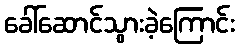
ခေါ်ဆောင်သွားခဲ့ကြောင်း